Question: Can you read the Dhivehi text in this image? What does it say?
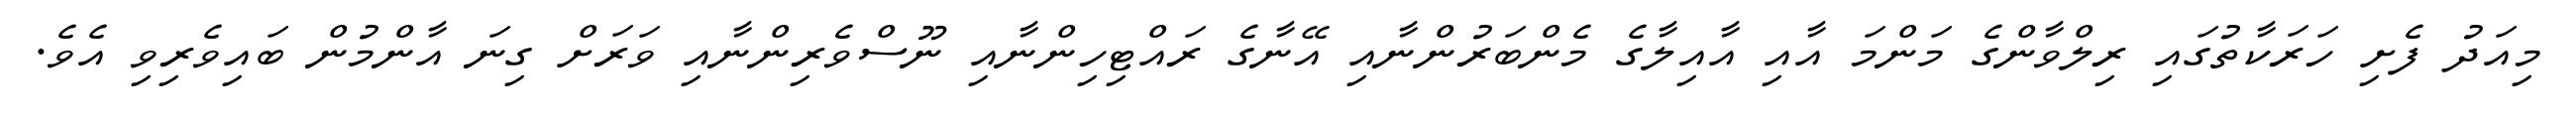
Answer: މިއަދު ފެށި ހަރަކާތުގައި ރިލްވާންގެ މަންމަ އާއި އާއިލާގެ މެންބަރުންނާއި އޭނާގެ ރައްޓިހިންނާއި ނޫސްވެރިންނާއި ވަރަށް ގިނަ އާންމުން ބައިވެރިވި އެވެ.